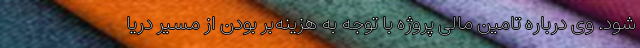
شود. وی درباره تامین مالی پروژه با توجه به هزینه‌بر بودن از مسیر دریا